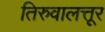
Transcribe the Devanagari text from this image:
तिरुवालत्तूर